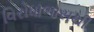
વિરોધાભાસથી